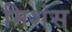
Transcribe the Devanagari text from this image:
मिशंस